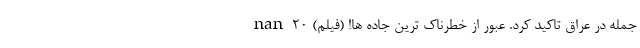
جمله در عراق تاکید کرد. عبور از خطرناک ترین جاده ها! (فیلم) nan 20